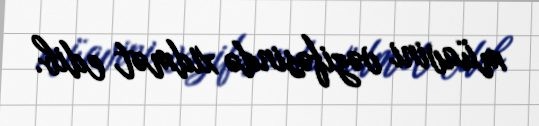
müavini vəzifəsində xidmət edib.